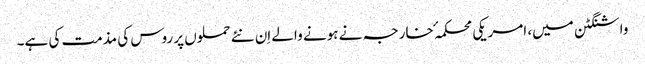
واشنگٹن میں، امریکی محکمہٴ خارجہ نے ہونے والے اِن نئے حملوں پر روس کی مذمت کی ہے۔